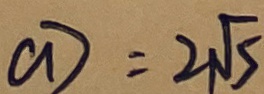
a ) = 2 \sqrt { 5 }